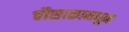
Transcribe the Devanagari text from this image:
चौसाळामधून